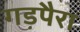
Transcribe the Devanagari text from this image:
गड़पैरा